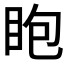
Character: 𥄹